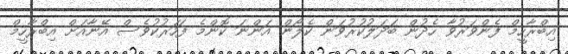
އިބްރާހީމް ފެންވަރުވާ ހެދުން ބަދަލުކުރުވަން ކެލޯން އަންނަ ކޮންމެ ފަހަރުކުވެސް އޭނާއަށް އިބްރާހީމް